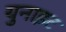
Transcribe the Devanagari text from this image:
युनाइट